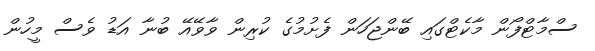
ސްމާޓްފޯން މާކެޓްގައި ބޭންޖަހަން ފެށުމުގެ ކުރިން ވާވޭއޭ ބުނާ އަޑު ވެސް މީހުން